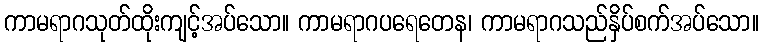
ကာမရာဂသုတ်ထိုးကျင့်အပ်သော။ ကာမရာဂပရေတေန၊ ကာမရာဂသည်နှိပ်စက်အပ်သော။